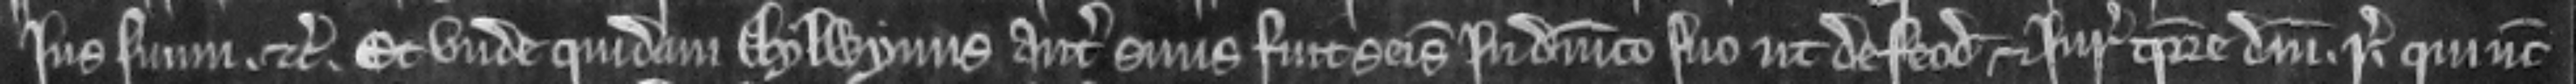
jus suum etc. Et unde quidam Aylwynus antecessor suus fuit seisitus in dominico suo ut de feodo et jure tempore domini regis qui nunc